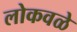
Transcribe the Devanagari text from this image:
लोकवळे